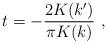
LaTeX: \begin{align*}t = - {2 K(k^{\prime}) \over \pi K(k)} ~ ,\end{align*}